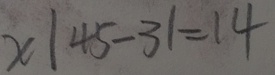
x \vert 4 5 - 3 \vert = 1 4